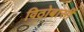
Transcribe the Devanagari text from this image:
विठोबासीं